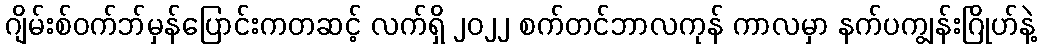
ဂျိမ်းစ်ဝက်ဘ်မှန်ပြောင်းကတဆင့် လက်ရှိ ၂၀၂၂ စက်တင်ဘာလကုန် ကာလမှာ နက်ပကျွန်းဂြိုဟ်နဲ့